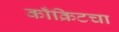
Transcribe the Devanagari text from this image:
काँक्रिटचा